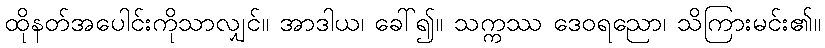
ထိုနတ်အပေါင်းကိုသာလျှင်။ အာဒါယ၊ ခေါ်၍။ သက္ကဿ ဒေဝရညော၊ သိကြားမင်း၏။